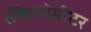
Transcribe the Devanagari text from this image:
१किलोमीटर